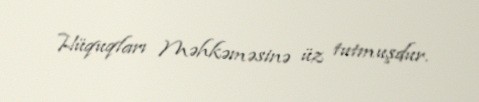
Hüquqları Məhkəməsinə üz tutmuşdur.